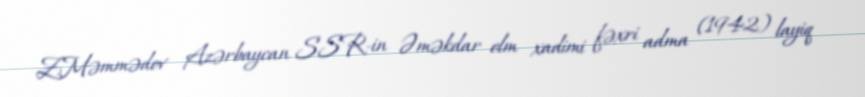
Z.Məmmədov Azərbaycan SSR-in Əməkdar elm xadimi fəxri adma (1942) layiq